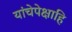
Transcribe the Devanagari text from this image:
यांचेपेक्षाहि